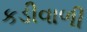
કડીવાળી